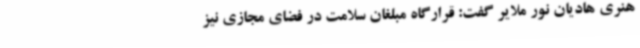
هنری هادیان نور ملایر گفت: قرارگاه مبلغان سلامت در فضای مجازی نیز